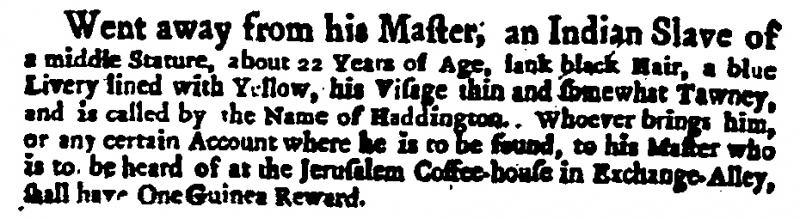
Daily Courant, 6 January 1714 (England)
Went away from his Master, an Indian Slave of a middle Stature, about 22 Years of Age, lank black Hair, a blue Livery lined with Yellow, his Visage thin and somewhat Tawney, and is called by the Name of Haddington. Whoever brings him, or any certain Account where he is to be found, to his Master who is to be heard of at the Jerusalem Coffee-house in Exchange-Alley, shall have One Guinea Reward.